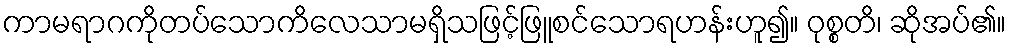
ကာမရာဂကိုတပ်သောကိလေသာမရှိသဖြင့်ဖြူစင်သောရဟန်းဟူ၍။ ဝုစ္စတိ၊ ဆိုအပ်၏။